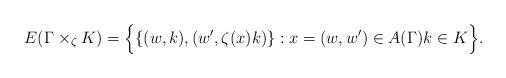
LaTeX: \begin{align*}E(\Gamma \times_{\zeta} K) = \Big\{ \{ (w,k),(w',\zeta(x)k) \} : x=(w,w') \in A(\Gamma) k \in K \Big\}.\end{align*}